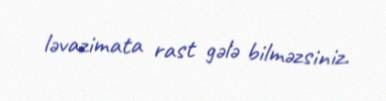
ləvazimata rast gələ bilməzsiniz.